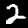
Digit: 2